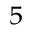
^ { 5 }